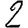
Digit: 2